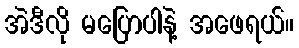
အဲဒီလို မပြောပါနဲ့ အဖေရယ်။